King Institute of Preventive Medicine Micro-Biological Section reports 1909-11
Year: 1909
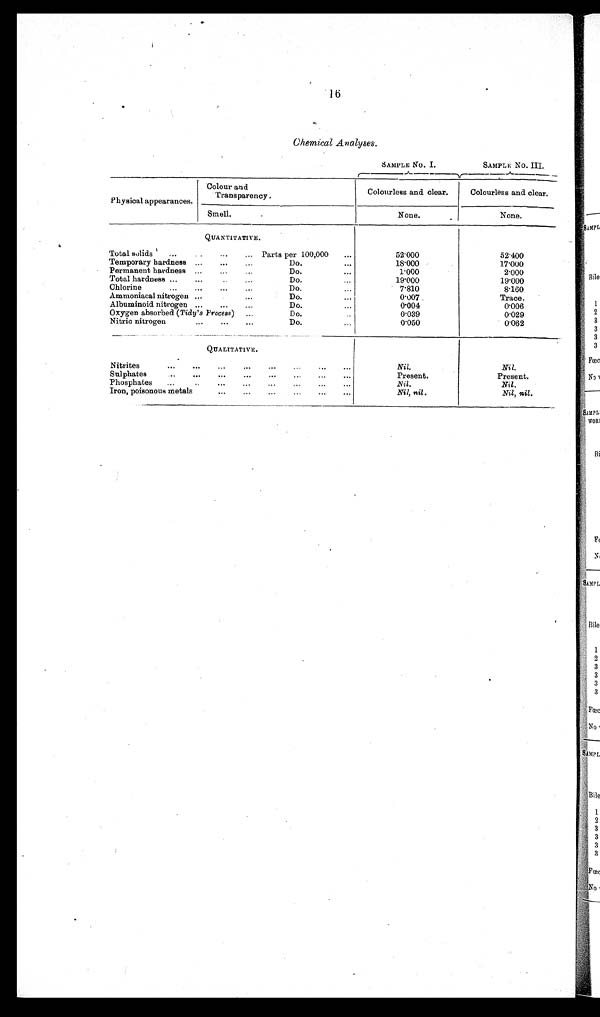
16
Chemical Analyses.
SAMPLE No. I.
SAMPLE No. III.
Physical appearances.
Colour and
Transparency .
Colourless and clear.
Colourless and clear.
Smell.
None.
None.
QUANTITATIVE.
Total solids ...
... Parts per 100,000 ...
5 2 . 0 0 0
52.400
Temporary hardness ... ... ...
Do.
...
1 8 . 0 0 0
17.000
Permanent hardness ... ...
Do.
...
1.000
2 . 0 0 0
Total hardness ... ...
Do.
1 9 . 0 0 0
1 9 . 0 0 0
Chlorine...
D o . . .
7.810
8.160
Ammoniacal nitrogen ......
Do.
...
0.007
Trace.
Albuminoid nitrogen ... ... ...
Do.
0 . 0 0 4
0 . 0 0 6
Oxygen absorbed (Tidy's Process) ...
Do....
0.039
0 . 0 2 9
Nitric nitrogen
... ... ...
Do. ...
0 . 0 5 0
0 . 0 6 2
QUALITATIVE.
Nitrites
... ... ... ... ...
... ...
Nil.
Nil.
Sulphates
... ... ... ... ... ... ...
Present.
Present.
Phosphates ... .. ... ... ... ... ... ...
N i l . Nil.
Iron, poisonous metals... ... ... ... ... ...
Nil,nil.
N i l , n i l